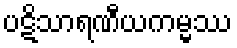
ပဋိသာရဏီယကမ္မဿ